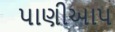
પાણીઆપ